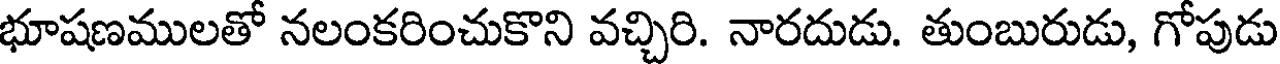
భూషణములతో నలంకరించుకొని వచ్చిరి. నారదుడు. తుంబురుడు, గోపుడు